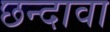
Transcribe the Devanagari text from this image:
छन्दावा